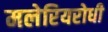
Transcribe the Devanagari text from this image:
मलेरियरोधी